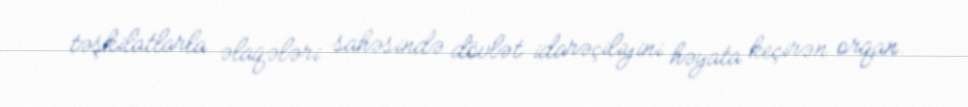
təşkilatlarla əlaqələri sahəsində dövlət idarəçiliyini həyata keçirən orqan.